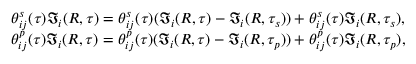
\begin{array} { c } { { \theta _ { i j } ^ { s } ( \tau ) \Im _ { i } ( R , \tau ) = \theta _ { i j } ^ { s } ( \tau ) ( \Im _ { i } ( R , \tau ) - \Im _ { i } ( R , \tau _ { s } ) ) + \theta _ { i j } ^ { s } ( \tau ) \Im _ { i } ( R , \tau _ { s } ) , } } \\ { { \theta _ { i j } ^ { p } ( \tau ) \Im _ { i } ( R , \tau ) = \theta _ { i j } ^ { p } ( \tau ) ( \Im _ { i } ( R , \tau ) - \Im _ { i } ( R , \tau _ { p } ) ) + \theta _ { i j } ^ { p } ( \tau ) \Im _ { i } ( R , \tau _ { p } ) , } } \end{array}